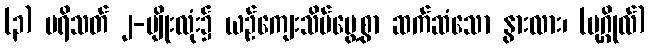
(၃) ပရိသတ် ၂-မျိုးလုံး၌ ယဉ်ကျေးသိမ်မွေ့စွာ ဆက်ဆံသော နွားလား၊ (ပုဂ္ဂိုလ်)